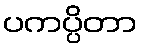
ပကပ္ပိတာ